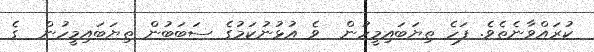
ކުރައްވާނެތެވެ. ފަހެ ތިޔަބައިމީހުން  ވެ އުޅުނުކަމުގެ ސަބަބުން ތިޔަބައިމީހުން  ގެ